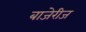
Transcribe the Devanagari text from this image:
बाजेरीज